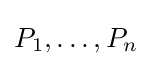
P_{1},\dots ,P_{n}